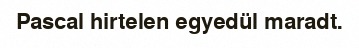
Pascal hirtelen egyedül maradt.